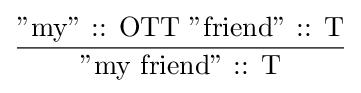
{\dfrac {\text{''my'' :: OTT   ''friend'' :: T}}{\text{''my friend'' :: T}}}